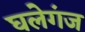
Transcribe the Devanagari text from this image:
घलेगंज